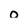
Character: 0